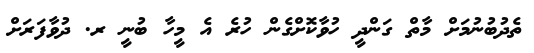
ތެދުބުނުމަށް މާތް ގަންދީ ހުވާކޮށްގެން ހުރެ އެ މީހާ ބުނީ ރ. ދުވާފަރަށް